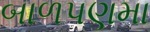
બાળપણમા